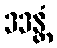
ဒဒန္တံ